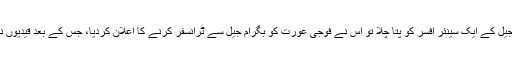
ا س بات کا جب جیل کے ایک سینئر افسر کو پتا چلا تو اس نے فوجی عورت کو بگرام جیل سے ٹرانسفر کرنے کا اعلان کردیا، جس کے بعد قیدیوں نے ہڑتال ختم کی۔